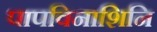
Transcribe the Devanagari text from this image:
पापविनाशिनि